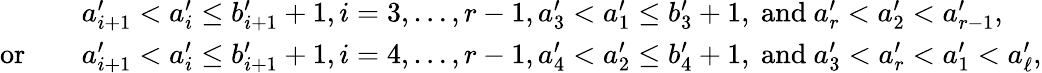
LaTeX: \begin{array}{rl}&{a_{i+1}^{\prime}<a_{i}^{\prime}\leq b_{i+1}^{\prime}+1,i=3,\ldots,r-1,a_{3}^{\prime}<a_{1}^{\prime}\leq b_{3}^{\prime}+1,\mathrm{~and~}a_{r}^{\prime}<a_{2}^{\prime}<a_{r-1}^{\prime},}\\ {\mathrm{or}\quad}&{a_{i+1}^{\prime}<a_{i}^{\prime}\leq b_{i+1}^{\prime}+1,i=4,\ldots,r-1,a_{4}^{\prime}<a_{2}^{\prime}\leq b_{4}^{\prime}+1,\mathrm{~and~}a_{3}^{\prime}<a_{r}^{\prime}<a_{1}^{\prime}<a_{\ell}^{\prime},}\end{array}